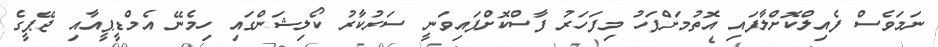
ނަމަވެސް ފެއިލްކޮށްލާފައި އޮތުމަށްފަހު މިފަހަރު ފާސްކޮށްފައިވަނީ ސަރުކާރު ކޯލިޝަންގައި ހިމެނޭ އެމްޑީޕީއާއި ޖޭޕީގެ